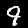
Label: 9